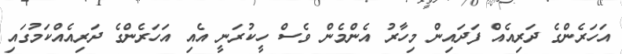
އަހަރެންގެ ދަރިއެއް ފަދައިން މިހާރު އެންމެން ވެސް ހީކުރަނީ އެއި އަހަރެންގެ ދަރިއެއްކަމުގައި